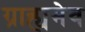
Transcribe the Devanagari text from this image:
ग्राह्यमेव